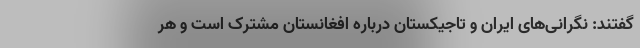
گفتند: نگرانی‌های ایران و تاجیکستان درباره افغانستان مشترک است و هر